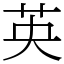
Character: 英